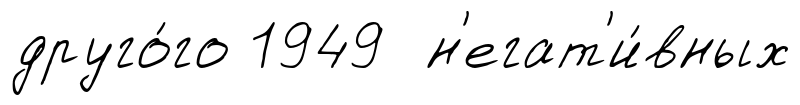
друго́го 1949 н'егат'и́вных